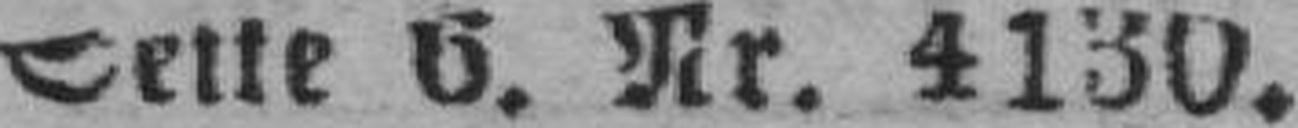
Seite 6. Nr. 4130.